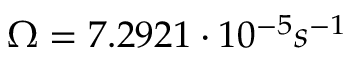
\Omega = 7 . 2 9 2 1 \cdot 1 0 ^ { - 5 } s ^ { - 1 }